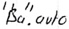
Text: "Ba".auto